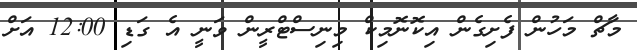
މާޗް މަހުން ފެށިގެން އިކޮނޮމިކް މިނިސްޓްރީން ވަނީ އެ ގަޑި 12:00 އަށް